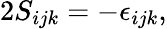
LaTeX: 2S_{ijk}=-\epsilon_{ijk},